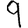
Digit: 9